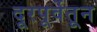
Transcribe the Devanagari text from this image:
दूरपूर्वेतून